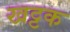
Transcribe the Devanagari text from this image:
खट्टक